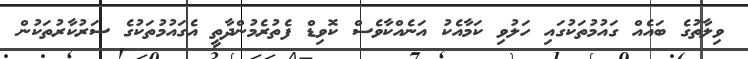
ވިލާތުގެ ބައެއް ގައުމުތަކުގައި ހަލުވި ކަމާއެކު އަނެއްކާވެސް ކޮވިޑް ފެތުރެމުންދާތީ އެގައުމުތަކުގެ ސަރުކާރުތަކުން